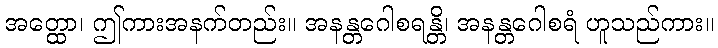
အတ္ထော၊ ဤကားအနက်တည်း။ အနန္တဂေါစရန္တိ၊ အနန္တဂေါစရံ ဟူသည်ကား။